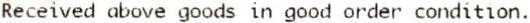
RECEIVED ABOVE GOODS IN GOOD ORDER CONDITION.